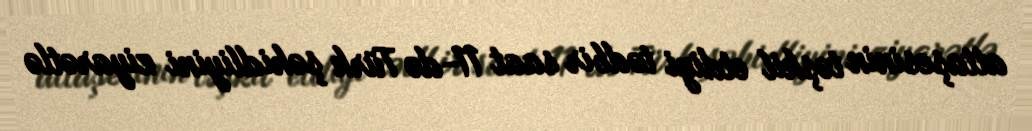
attaşesinin təşkil etdiyi tədbir saat 11-də Türk şəhidliyini ziyarətlə